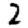
Digit: 2